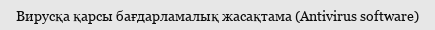
Вирусқа қарсы бағдарламалық жасақтама (Antivirus software)